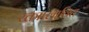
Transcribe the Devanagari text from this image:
रक्ताप्लावित